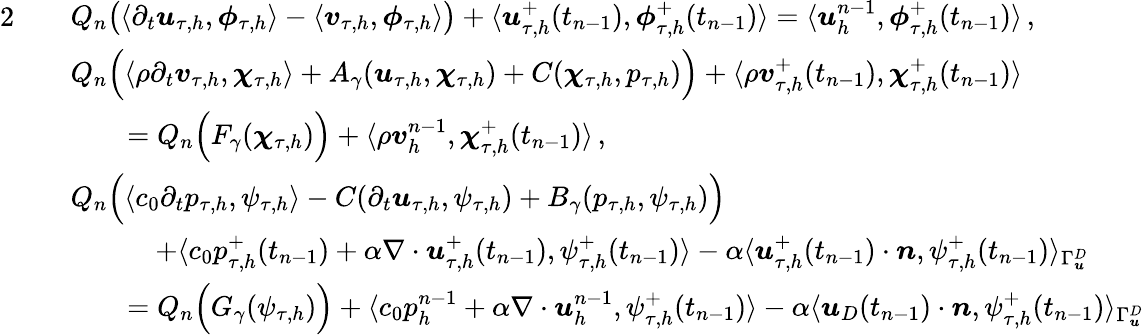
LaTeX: \begin{array}{rl}{{2}}&{\begin{array}{rl}&{Q_{n}\big(\langle\partial_{t}\boldsymbol u_{\tau,h},\boldsymbol\phi_{\tau,h}\rangle-\langle\boldsymbol v_{\tau,h},\boldsymbol\phi_{\tau,h}\rangle\big)+\langle\boldsymbol u_{\tau,h}^{+}(t_{n-1}),\boldsymbol\phi_{\tau,h}^{+}(t_{n-1})\rangle=\langle\boldsymbol u_{h}^{n-1},\boldsymbol\phi_{\tau,h}^{+}(t_{n-1})\rangle\, ,}\end{array}}\\ &{\begin{array}{rl}&{Q_{n}\Big(\langle\rho\partial_{t}\boldsymbol v_{\tau,h},\boldsymbol\chi_{\tau,h}\rangle+A_{\gamma}(\boldsymbol u_{\tau,h},\boldsymbol\chi_{\tau,h})+C(\boldsymbol\chi_{\tau,h},p_{\tau,h})\Big)+\langle\rho\boldsymbol v_{\tau,h}^{+}(t_{n-1}),\boldsymbol\chi_{\tau,h}^{+}(t_{n-1})\rangle}\\ &{\qquad=Q_{n}\Big(F_{\gamma}(\boldsymbol\chi_{\tau,h})\Big)+\langle\rho\boldsymbol v_{h}^{n-1},\boldsymbol\chi_{\tau,h}^{+}(t_{n-1})\rangle\, ,}\end{array}}\\ &{\begin{array}{rl}&{Q_{n}\Big(\langle c_{0}\partial_{t}p_{\tau,h},\psi_{\tau,h}\rangle-C(\partial_{t}\boldsymbol u_{\tau,h},\psi_{\tau,h})+B_{\gamma}(p_{\tau,h},\psi_{\tau,h})\Big)}\\ &{\qquad\quad+\langle c_{0}p_{\tau,h}^{+}(t_{n-1})+\alpha\nabla\cdot\boldsymbol u_{\tau,h}^{+}(t_{n-1}),\psi_{\tau,h}^{+}(t_{n-1})\rangle-\alpha\langle\boldsymbol u_{\tau,h}^{+}(t_{n-1})\cdot\boldsymbol n,\psi_{\tau,h}^{+}(t_{n-1})\rangle_{\Gamma_{\boldsymbol u}^{D}}}\\ &{\qquad=Q_{n}\Big(G_{\gamma}(\psi_{\tau,h})\Big)+\langle c_{0}p_{h}^{n-1}+\alpha\nabla\cdot\boldsymbol u_{h}^{n-1},\psi_{\tau,h}^{+}(t_{n-1})\rangle-\alpha\langle\boldsymbol u_{D}(t_{n-1})\cdot\boldsymbol n,\psi_{\tau,h}^{+}(t_{n-1})\rangle_{\Gamma_{\boldsymbol u}^{D}}}\end{array}}\end{array}